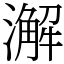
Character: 澥